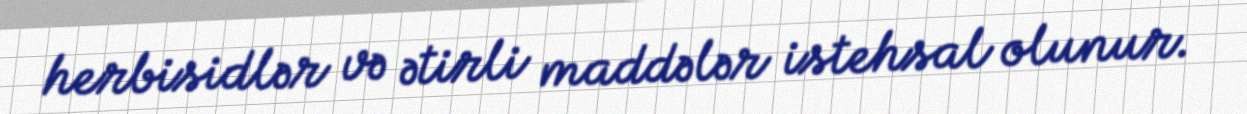
herbisidlər və ətirli maddələr istehsal olunur.